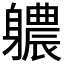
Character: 𮜻